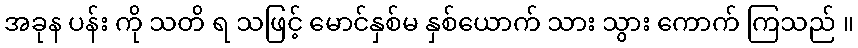
အခုန ပန်း ကို သတိ ရ သဖြင့် မောင်နှစ်မ နှစ်ယောက် သား သွား ကောက် ကြသည် ။